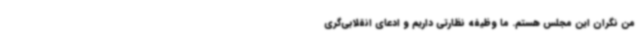
من نگران این مجلس هستم. ما وظیفه‌ نظارتی داریم و ادعای انقلابی‌گری